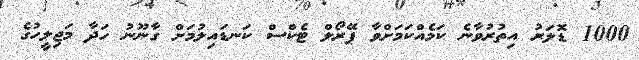
1000 ޑޮލަރު އިތުރުވާނެ ކަމެއްކަމަށްވާ ޕޭރޯލް ޓެކްސް ކަނޑައިލުމަށް ގާނޫނު ހަދާ މަޖިލީހުގެ